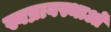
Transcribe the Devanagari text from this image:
स्वप्नावस्थाओं